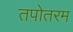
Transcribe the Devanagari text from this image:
तपोतरम